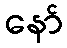
နော်